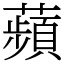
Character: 蘋